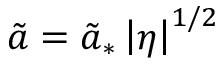
\tilde { a } = \tilde { a } _ { * } \left| \eta \right| ^ { 1 / 2 }